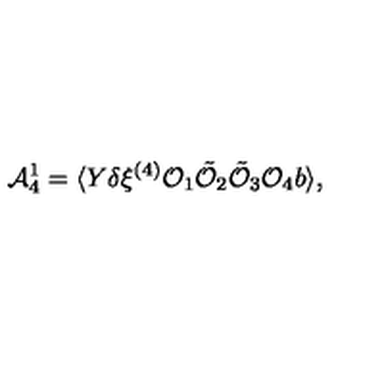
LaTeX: { \cal A } _ { 4 } ^ { 1 } = \langle Y \delta \xi ^ { ( 4 ) } { \cal O } _ { 1 } \tilde { { \cal O } } _ { 2 } \tilde { { \cal O } } _ { 3 } { \cal O } _ { 4 } b \rangle ,